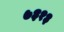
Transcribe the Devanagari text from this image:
७३१३